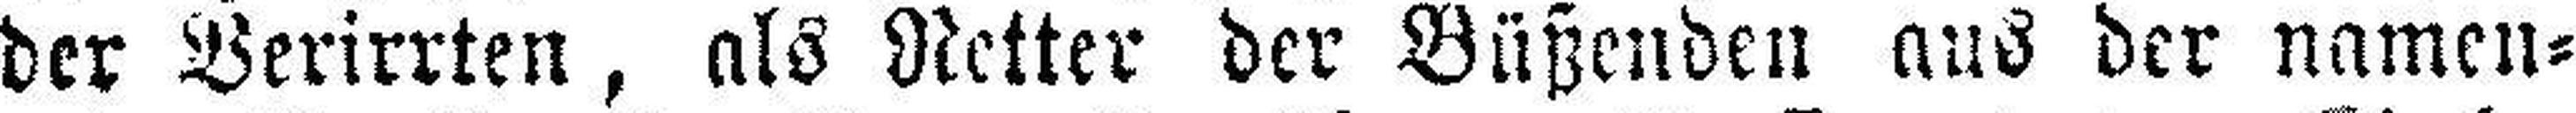
der Verirrten, als Retter der Büßenden aus der namen¬